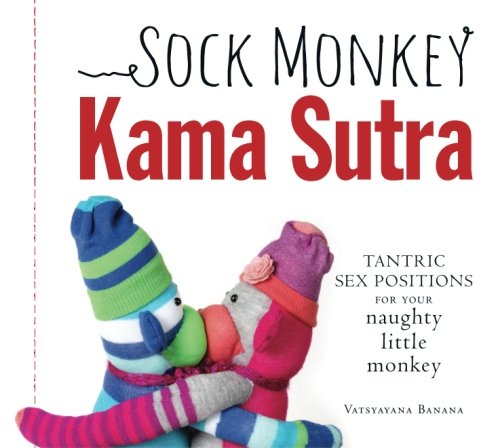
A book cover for Sock Monkey Kama Sutra: Tantric Sex Positions for Your Naughty Little Monkey; Vatsyayana Banana; Humor & Entertainment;